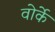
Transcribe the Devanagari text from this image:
वोर्के